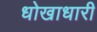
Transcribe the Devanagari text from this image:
धोखाधारी